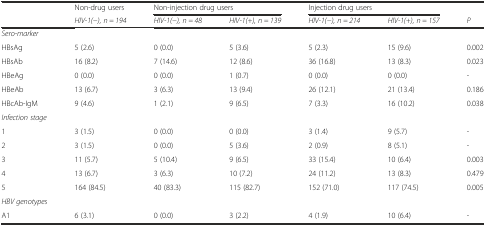
<table><thead><tr><td></td><td><b>Non-drug users</b></td><td colspan="2"><b>Non-injection drug users</b></td><td colspan="2"><b>Injection drug users</b></td><td></td></tr><tr><td></td><td><b><i>HIV-1(−), n = 194</i></b></td><td><b><i>HIV-1(−), n = 48</i></b></td><td><b><i>HIV-1(+), n = 139</i></b></td><td><b><i>HIV-1(−), n = 214</i></b></td><td><b><i>HIV-1(+), n = 157</i></b></td><td><b><i>P</i></b></td></tr></thead><tbody><tr><td><i>Sero-marker</i></td><td></td><td></td><td></td><td></td><td></td><td></td></tr><tr><td>HBsAg</td><td>5 (2.6)</td><td>0 (0.0)</td><td>5 (3.6)</td><td>5 (2.3)</td><td>15 (9.6)</td><td>0.002</td></tr><tr><td>HBsAb</td><td>16 (8.2)</td><td>7 (14.6)</td><td>12 (8.6)</td><td>36 (16.8)</td><td>13 (8.3)</td><td>0.023</td></tr><tr><td>HBeAg</td><td>0 (0.0)</td><td>0 (0.0)</td><td>1 (0.7)</td><td>0 (0.0)</td><td>0 (0.0)</td><td>-</td></tr><tr><td>HBeAb</td><td>13 (6.7)</td><td>3 (6.3)</td><td>13 (9.4)</td><td>26 (12.1)</td><td>21 (13.4)</td><td>0.186</td></tr><tr><td>HBcAb-IgM</td><td>9 (4.6)</td><td>1 (2.1)</td><td>9 (6.5)</td><td>7 (3.3)</td><td>16 (10.2)</td><td>0.038</td></tr><tr><td><i>Infection stage</i></td><td></td><td></td><td></td><td></td><td></td><td></td></tr><tr><td>1</td><td>3 (1.5)</td><td>0 (0.0)</td><td>0 (0.0)</td><td>3 (1.4)</td><td>9 (5.7)</td><td>-</td></tr><tr><td>2</td><td>3 (1.5)</td><td>0 (0.0)</td><td>5 (3.6)</td><td>2 (0.9)</td><td>8 (5.1)</td><td>-</td></tr><tr><td>3</td><td>11 (5.7)</td><td>5 (10.4)</td><td>9 (6.5)</td><td>33 (15.4)</td><td>10 (6.4)</td><td>0.003</td></tr><tr><td>4</td><td>13 (6.7)</td><td>3 (6.3)</td><td>10 (7.2)</td><td>24 (11.2)</td><td>13 (8.3)</td><td>0.479</td></tr><tr><td>5</td><td>164 (84.5)</td><td>40 (83.3)</td><td>115 (82.7)</td><td>152 (71.0)</td><td>117 (74.5)</td><td>0.005</td></tr><tr><td><i>HBV genotypes</i></td><td></td><td></td><td></td><td></td><td></td><td></td></tr><tr><td>A1</td><td>6 (3.1)</td><td>0 (0.0)</td><td>3 (2.2)</td><td>4 (1.9)</td><td>10 (6.4)</td><td>-</td></tr></tbody></table>